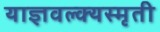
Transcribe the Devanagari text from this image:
याज्ञवल्क्यस्मृती